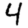
Digit: 4